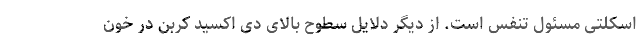
اسکلتی مسئول تنفس است. از دیگر دلایل سطوح بالای دی اکسید کربن در خون